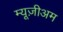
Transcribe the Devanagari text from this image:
म्यूज़ीअम